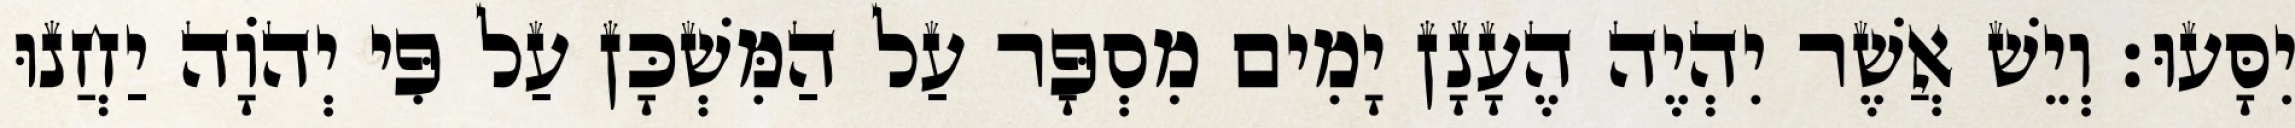
יִסָּעוּ׃ וְיֵשׁ אֲשֶׁר יִהְיֶה הֶעָנָן יָמִים מִסְפָּר עַל הַמִּשְׁכָּן עַל פִּי יְהוָֹה יַחֲנוּ